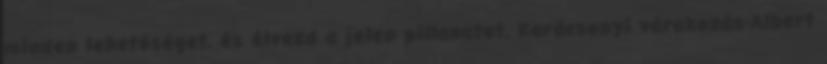
minden lehetőséget, és élvezd a jelen pillanatot. Karácsonyi várakozás-Albert